Insane asylums Bombay 1873-77 - 1873-1877
Year: 1873
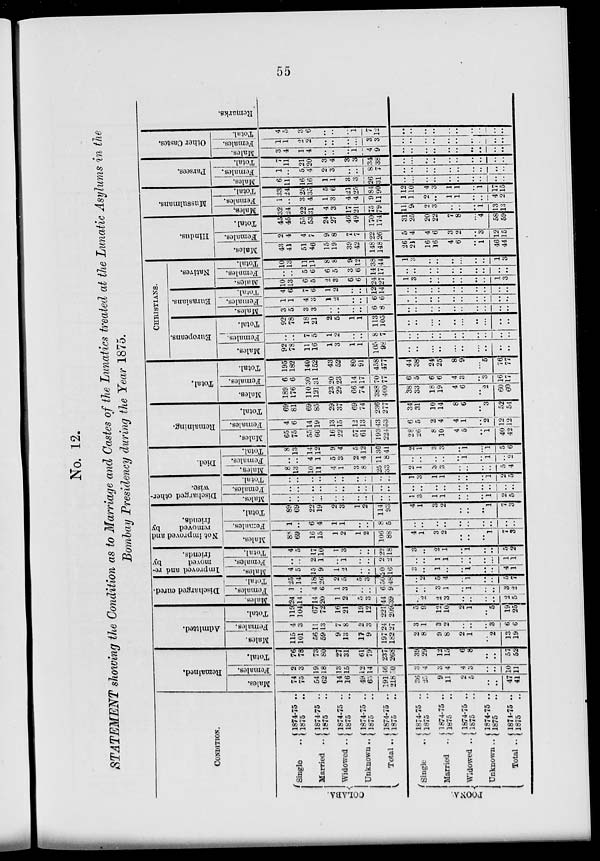
55
No. 12.
STATEMENT showing the Condition as to Marriage and Castes of the Lunatics treated at the Lunatic Asylums in the
Bombay Presidency during the Year 1875.
CONDITION.
COLOBA.
POONA.
Single ..
Married ..
Widowed ..
Unknown ..
Total ..
Single
..
Married
..
Widowed ..
Unknown ..
Total ..
1874-75 ..
1875 ..
1874-75 ..
1875 ..
1874-75 ..
1875 ..
1874-75 ..
1875 ..
1874-75 ..
1875
..
1874-75 ..
1875 ..
1874-75 ..
1875 ..
1874-75 ..
1875 ..
1874-75 ..
1875 ..
1874-75 ..
1875 ..
Remained.
Males.
74
75
54
62
14
16
49
65
191
218
36
25
9
11
2
5
..
..
47
41
Females.
2
3
19
18
13
15
12
14
46
30
3
4
3
4
4
3
..
..
10
11
Total.
76
78
73
80
27
31
61
79
237
268
39
29
12
15
6
8
..
..
57
52
Admitted.
Males.
115
101
56
59
9
13
17
9
197
182
2
8
9
8
2
1
..
2
13
19
Females.
4
3
11
13
7
8
2
3
24
27
3
1
3
2
..
..
..
3
6
6
Total.
119
104
67
72
16
21
19
12
221
209
5
9
12
10
2
1
..
5
19
25
Discharged cured.
Males.
24
14
14
20
1
2
5
3
44
39
..
2
2
3
..
..
..
..
2
5
Females.
1
..
4
6
1
3
..
..
6
9
..
..
3
1
..
1
..
..
3
2
Total.
25
14
18
26
2
5
5
3
50
48
..
2
5
4
..
1
..
..
5
7
Improved and re-
moved
by
friends.
Males.
4
5
15
9
1
2
..
..
20
16
3
..
1
..
..
1
..
..
4
1
Females.
..
..
2
1
..
1
..
..
2
2
..
..
1
1
..
..
..
..
1
1
Total.
4
5
17
10
1
3
..
..
22
18
3
..
2
1
..
1
..
..
5
2
Not improved and
removed
by
friends.
Males.
88
69
16
15
1
2
1
2
106
88
4
1
3
2
..
..
..
1
7
3
Females.
1
..
6
4
1
1
..
..
8
5
..
..
..
..
..
..
..
..
..
..
Total.
89
69
22
19
2
3
1
2
114
93
4
1
3
2
..
..
..
1
7
3
Discharged other-
wise.
Males.
..
..
..
..
..
..
..
..
..
..
1
3
1
1
..
..
..
1
2
5
Females.
..
..
..
..
..
..
..
..
..
..
..
..
..
..
..
..
..
..
..
..
Total.
..
..
..
..
..
..
..
..
..
..
1
3
1
1
..
..
..
1
2
5
Died.
Males.
8
13
10
11
4
1
3
8
25
33
2
1
3
3
..
..
..
..
5
4
Females.
..
..
4
1
5
3
2
4
11
8
..
..
..
..
..
1
..
1
..
2
Total.
8
13
14
12
9
4
5
12
36
41
2
1
3
3
..
1
..
1
5
6
Remaining.
Males.
65
75
55
66
16
22
57
61
193
224
28
26
8
10
4
5
..
1
40
42
Females.
4
6
14
19
13
15
12
13
43
53
6
5
2
4
4
1
..
2
12
12
Total.
69
81
69
85
29
37
69
74
236
277
34
31
10
14
8
6
..
3
52
54
Total.
Males.
189
176
110
121
23
29
66
74
388
400
38
33
18
19
4
6
..
2
60
60
Females.
6
6
30
31
20
23
14
17
70
77
6
5
6
6
4
3
..
3
16
17
Total.
195
182
140
152
43
52
80
91
458
477
44
38
24
25
8
9
..
5
76
77
CHRISTIANS.
Europeans.
Males.
92
78
11
16
1
3
1
1
105
98
..
..
..
..
..
..
..
..
..
..
Females.
..
..
7
5
1
2
..
..
8
7
..
..
..
..
..
..
..
..
..
..
Total.
92
78
18
21
2
5
1
1
113
105
..
..
..
..
..
..
..
..
..
..
Eurasians.
Males.
3
5
3
3
..
..
..
..
6
8
..
..
..
..
..
..
..
..
..
..
Females.
1
1
4
3
1
2
..
..
6
6
..
..
..
..
..
..
..
..
..
..
Total.
4
6
7
6
1
2
..
..
12
14
..
..
..
..
..
..
..
..
..
..
Natives.
Males.
10
13
6
5
2
3
6
6
24
27
1
3
..
..
..
..
..
..
1
3
Females.
..
..
5
6
6
5
3
6
14
17
..
..
..
..
..
..
..
..
..
..
Total.
10
13
11
11
8
8
9
12
38
44
1
3
..
..
..
..
..
..
1
3
Hindus.
Males.
43
41
51
46
15
19
39
42
148
148
26
21
16
16
4
6
..
1
46
44
Females.
2
4
4
7
9
8
7
7
22
26
5
4
4
6
3
2
..
3
12
15
Total.
45
45
55
53
24
27
46
49
170
174
31
25
20
22
7
8
..
4
58
59
Mussulmans.
Males.
32
24
22
31
4
3
17
21
75
79
11
9
2
3
..
..
..
1
13
13
Females.
1
..
3
4
1
3
4
4
9
11
1
1
2
..
1
1
..
..
4
2
Total.
33
24
25
35
5
6
21
25
84
90
12
10
4
3
1
1
..
1
17
15
Parsees.
Males.
6
11
16
16
1
1
3
3
26
31
..
..
..
..
..
..
..
..
..
..
Females.
1
..
5
4
2
3
..
..
8
7
..
..
..
..
..
..
..
..
..
..
Total.
7
11
21
20
3
4
3
3
34
38
..
..
..
..
..
..
..
..
..
..
Other Castes.
Males.
3
4
1
4
..
..
..
1
4
9
...
..
..
..
..
..
..
..
..
..
Females.
1
1
2
2
..
..
..
...
3
3
..
..
..
..
..
..
..
..
..
..
Total.
4
5
3
6
..
..
..
1
7
12
..
..
..
..
..
..
..
..
.. ..
Remarks.